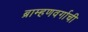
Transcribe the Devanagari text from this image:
ब्राम्हणवर्गाची